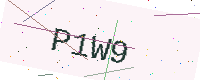
Text: P1W9